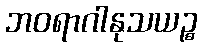
ဘဝရာဂါနုသယဉ္စ